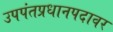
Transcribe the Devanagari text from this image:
उपपंतप्रधानपदावर